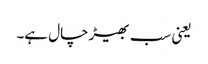
یعنی سب بھیڑ چال ہے۔